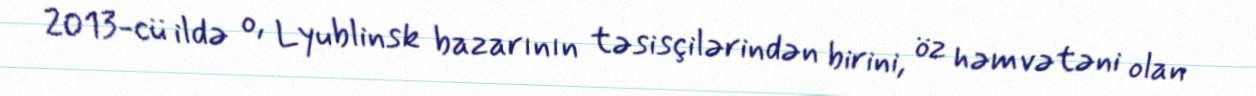
2013-cü ildə o, Lyublinsk bazarının təsisçilərindən birini, öz həmvətəni olan